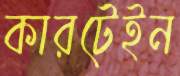
কারটেইন